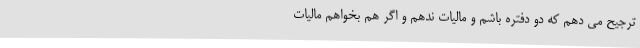
ترجیح می دهم که دو دفتره باشم و مالیات ندهم و اگر هم بخواهم مالیات